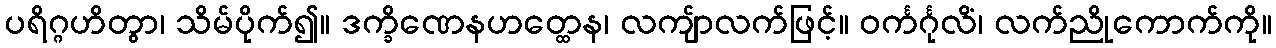
ပရိဂ္ဂဟိတွာ၊ သိမ်ပိုက်၍။ ဒက္ခိဏေနဟတ္ထေန၊ လကျ်ာလက်ဖြင့်။ ဝင်္ကင်္ဂုလိံ၊ လက်ညိုကောက်ကို။